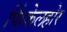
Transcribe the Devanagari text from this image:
फिंकेलहोर